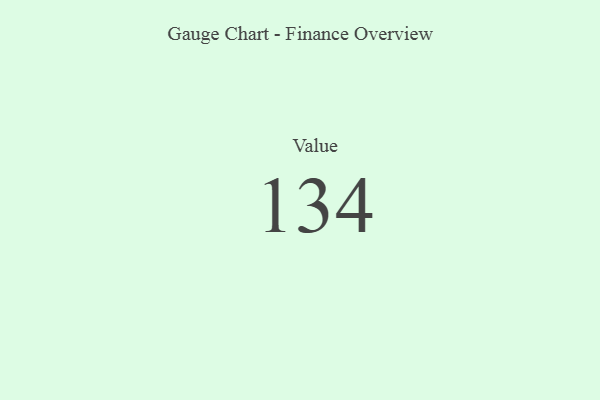
{"axis": {"x": "Metric", "y": "Value"}, "legend": [""], "data": [{"x": "Value", "y": 134, "type": ""}]}